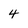
Character: 4